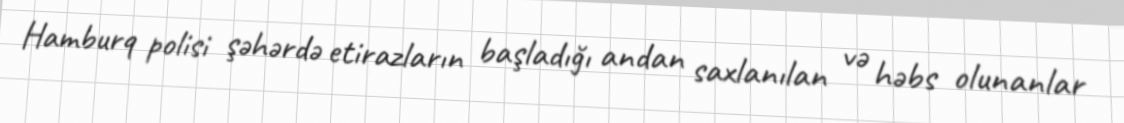
Hamburq polisi şəhərdə etirazların başladığı andan saxlanılan və həbs olunanlar